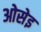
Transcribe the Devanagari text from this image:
ओसेइ